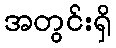
အတွင်းရှိ